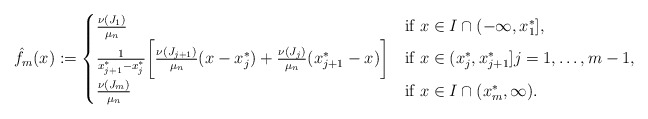
\begin{align*}\hat f_m(x):= \begin{cases}\frac{\nu(J_1)}{\mu_n} & \textnormal{if } x\in I\cap (-\infty, x_1^*],\\\frac{1}{x_{j+1}^*-x_j^*}\bigg[\frac{\nu(J_{j+1})}{\mu_n}(x-x_j^*)+\frac{\nu(J_{j})}{\mu_n}(x_{j+1}^*-x)\bigg] & \textnormal{if } x\in (x_j^*,x_{j+1}^*] j = 1,\dots,m-1,\\\frac{\nu(J_m)}{\mu_n} & \textnormal{if } x\in I\cap (x_m^*,\infty). \end{cases}\end{align*}